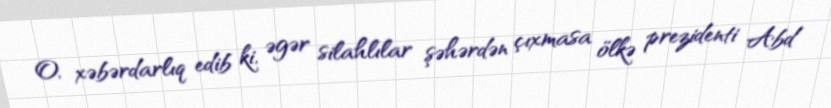
O, xəbərdarlıq edib ki, əgər silahlılar şəhərdən çıxmasa ölkə prezidenti Abd